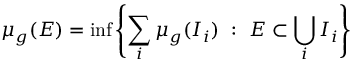
\mu _ { g } ( E ) = \operatorname* { i n f } \left\{ \sum _ { i } \mu _ { g } ( I _ { i } ) \ : \ E \subset \bigcup _ { i } I _ { i } \right\}